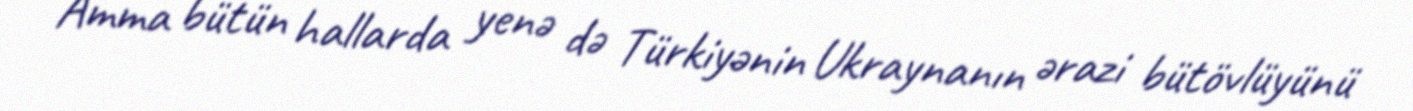
Amma bütün hallarda yenə də Türkiyənin Ukraynanın ərazi bütövlüyünü